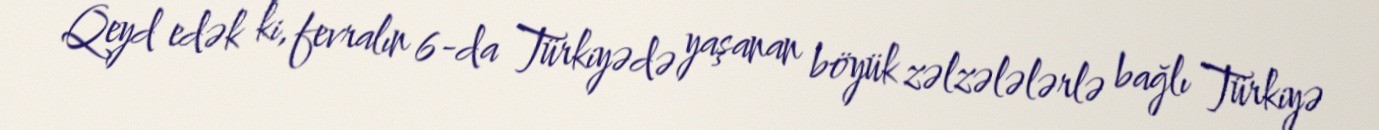
Qeyd edək ki, fevralın 6-da Türkiyədə yaşanan böyük zəlzələlərlə bağlı Türkiyə